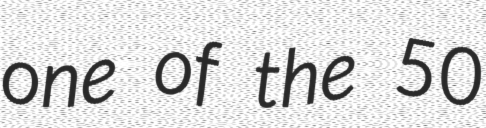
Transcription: one of the 50